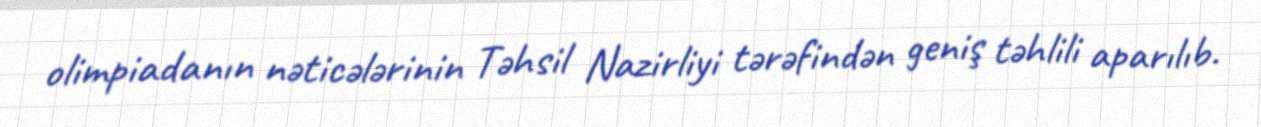
olimpiadanın nəticələrinin Təhsil Nazirliyi tərəfindən geniş təhlili aparılıb.